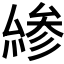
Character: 𠬊